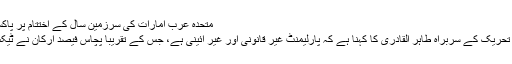
متحدہ عرب امارات کی سرزمین سال کے اختتام پر پاکستان ٹیم کے…
پاکستان عوامی تحریک کے سربراہ طاہر القادری کا کہنا ہے کہ پارلیمنٹ غیر قانونی اور غیر آئینی ہے، جس کے تقریباً پچاس فیصد ارکان نے ٹیکس نہیں دیا ہے۔